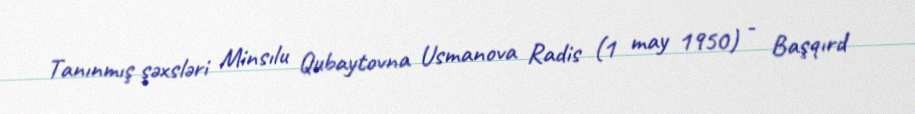
Tanınmış şəxsləri Minsılu Qubaytovna Usmanova Radis (1 may 1950) - Başqırd